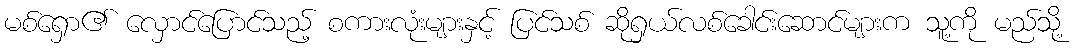
မစ်ရှော၏ လှောင်ပြောင်သည့် စကားလုံးများနှင့် ပြင်သစ် ဆိုရှယ်လစ်ခေါင်းဆောင်များက သူ့ကို မည်သို့